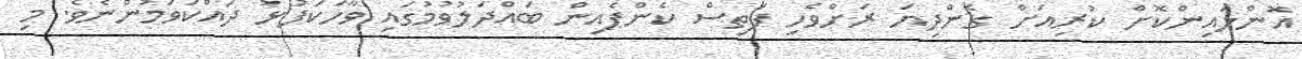
އޮންލައިންކޮށް ކުރިއަށް ގެންދިޔަ ރަށްވެހި ފަތިސް ކެންޕެއިން ބައްދަލުވުމުގައި ވާހަކަފުޅު ދައްކަވަމުންނެވެ. މި